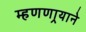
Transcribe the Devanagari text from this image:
म्हणणार्‍याने